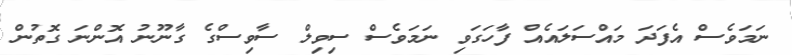
ނަމަވެސް އެފަދަ މައްސަލައެއް ފާހަގަވި ނަމަވެސް ސިވިލް ސާވިސްގެ ގާނޫނު އޮންނަ ގޮތުން